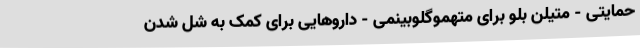
حمایتی - متیلن بلو برای متهموگلوبینمی - داروهایی برای کمک به شل شدن